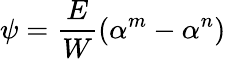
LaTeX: \psi=\frac{E}{W}\left(\alpha^{m}-\alpha^{n}\right)